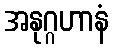
အနုဂ္ဂဟာနံ